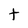
Character: t